Annual report of the Punjab Veterinary College and of the Civil Veterinary Department, Punjab - 1920-1925
Year: 1920
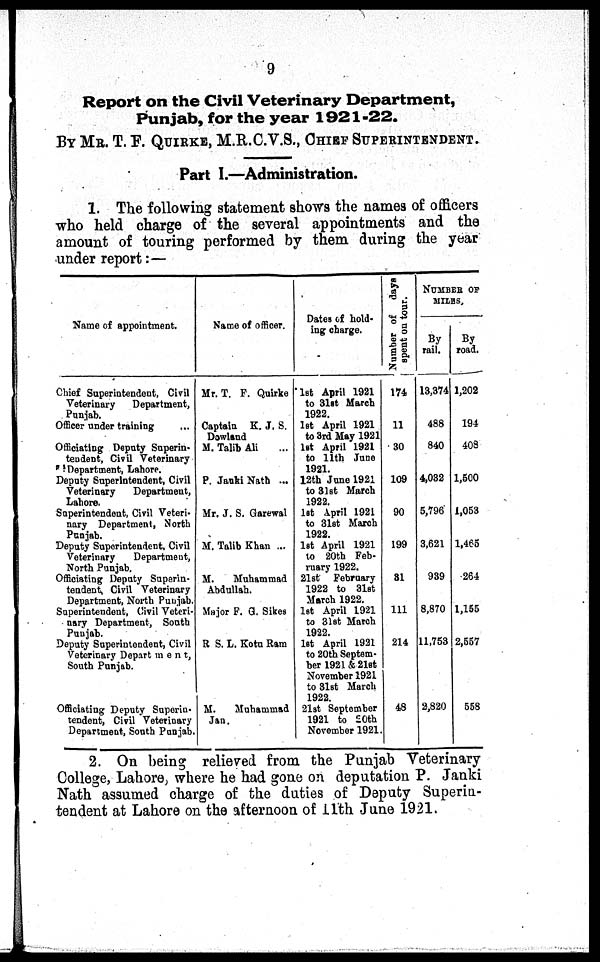
9
Report on the Civil Veterinary Department,
Punjab, for the year 1921-22.
BY MR. T. F. QUIRKE, M.R.C.V.S., CHIEF SUPERINTENDENT.
Part I.—Administration.
1. The following statement shows the names of officers
who held charge of the several appointments and the
amount of touring performed by them during the year
under report:—
Name of appointment.
Chi ef Superintendent, Civil
Veterinary Department,
Punjab.
Offi cer under training ...
Offi ci at i ng Deput y Superin-
tendent, Civil Veterinary
Department, Lahore.
Deput y Superintendent, Civil
Veterinary Department,
Lahore.
Superintendent, Ci vi l Veteri-
nary Department, Nort h
Punjab.
Deput y Superintendent, Civil
Veterinary Department,
North Punjab.
Offi ci at i ng Deput y Superin-
tendent, Civil Veterinary
Department, Nort h Punjab.
Superintendent, Ci vi l Veteri-
nary Department, Sout h
Punjab.
Deput y Superintendent, Civil
Veterinary Depart ment ,
Sout h Punjab.
Offi ci at i ng Deput y Superin-
tendent, Civil Veterinary
Department, Sout h Punjab.
Name of offi cer.
Mr . T. F. Qui rke
Captain K. J. S.
Dowl and
M. Talib Al i ...
P. Jauki Nat h ...
Mr . J. S. Garewal
M. Talib Khan ...
M. Muhammad
Abdullah.
Maj or F. G. Sikes
R. S. L. Kot u R a m
M. Muhammad
Jan.
Dat es of hold-
i ng charge.
1st April 1921
t o 31st March
1922.
1st April 1921
t o 3r d May 1921
1st April 1921
to 11th June
1921.
12th June 1921
t o 31st March
1922.
1st Apri l 1921
to 31st March
1922.
1st April 1921
to 20t h Feb-
ruary 1922.
21st February
1922 to 31st
March 1922.
1st April 1921
to 31st March
1922.
1st April 1921
t o 20t h Sept em-
ber 1921 & 21st
November 1921
t o 31st March
1922.
21st Sept ember
1921 to 20th
November 1921.
Number of days
spent on tour.
174
11
30
109
90
199
31
111
214
48
NUMBER OF
MILES.
By
rail.
13, 374
488
840
4, 032
5, 796
3, 621
939
8, 870
11, 753
2, 820
By
road.
1, 202
194
403
1, 500
1, 053
1, 465
264
1, 155
2, 557
558
2. On being relieved from the Punjab Veterinary
College, Lahore, where he had gone on deputation P. Janki
Nath assumed charge of the duties of Deputy Superin-
tendent at Lahore on the afternoon of 11th June 1921.